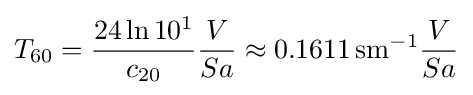
T_{60}={\frac {24\ln 10^{1}}{c_{20}}}{\frac {V}{Sa}}\approx 0.1611\,\mathrm {s} \mathrm {m} ^{-1}{\frac {V}{Sa}}